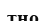
тно